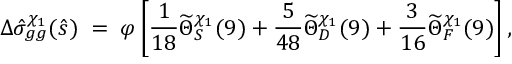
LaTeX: \Delta \hat { \sigma } _ { g g } ^ { \chi _ { 1 } } ( \hat { s } ) \; = \; \varphi \left[ { \frac { 1 } { 1 8 } } \widetilde \Theta _ { S } ^ { \chi _ { 1 } } ( 9 ) + { \frac { 5 } { 4 8 } } \widetilde \Theta _ { D } ^ { \chi _ { 1 } } ( 9 ) + { \frac { 3 } { 1 6 } } \widetilde \Theta _ { F } ^ { \chi _ { 1 } } ( 9 ) \right] ,